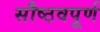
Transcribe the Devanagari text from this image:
सौष्ठवपूर्ण